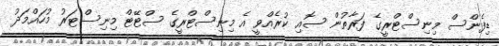
ޑިފެންސް މިނިސްޓްރީގެ ފަރާތުން ސޮއި ކުރެއްވީ އެ މިނިސްޓްރީގެ ސްޓޭޓް މިނިސްޓަރު މުހައްމަދު